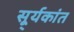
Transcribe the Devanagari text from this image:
सू्र्यकांत